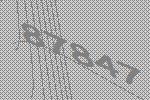
87847